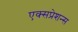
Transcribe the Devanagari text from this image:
एक्सप्रेशन्स